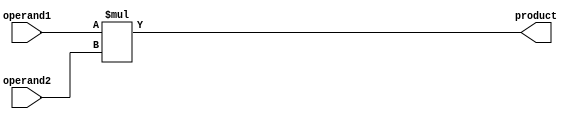
module Signed_Multiplier(
    input signed[15:0] operand1,
    input signed[15:0] operand2,
    output signed[31:0] product
);

reg signed[31:0] product_reg;

always @(*) begin
    product_reg = operand1 * operand2;
end

assign product = product_reg;

endmodule